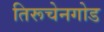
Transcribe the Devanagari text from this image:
तिरूचेनगोड